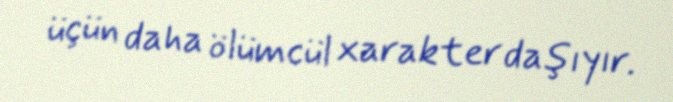
üçün daha ölümcül xarakter daşıyır.